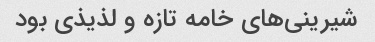
شیرینی‌های خامه تازه و لذیذی بود